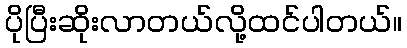
ပိုပြီးဆိုးလာတယ်လို့ထင်ပါတယ်။